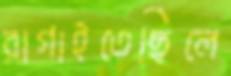
রাগাইতেছিলে